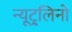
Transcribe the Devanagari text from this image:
न्यूट्र्लिनो